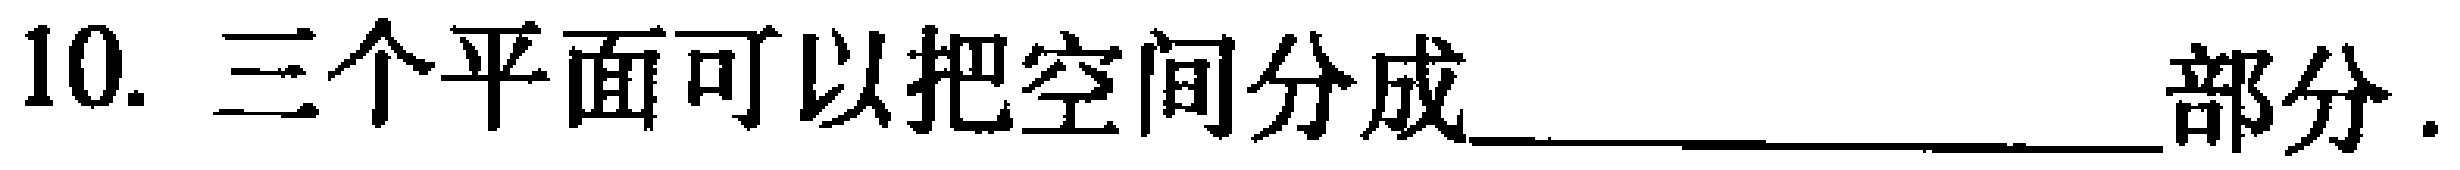
10. 三个平面可以把空间分成_______________部分.